Report of the Bombay Veterinary College
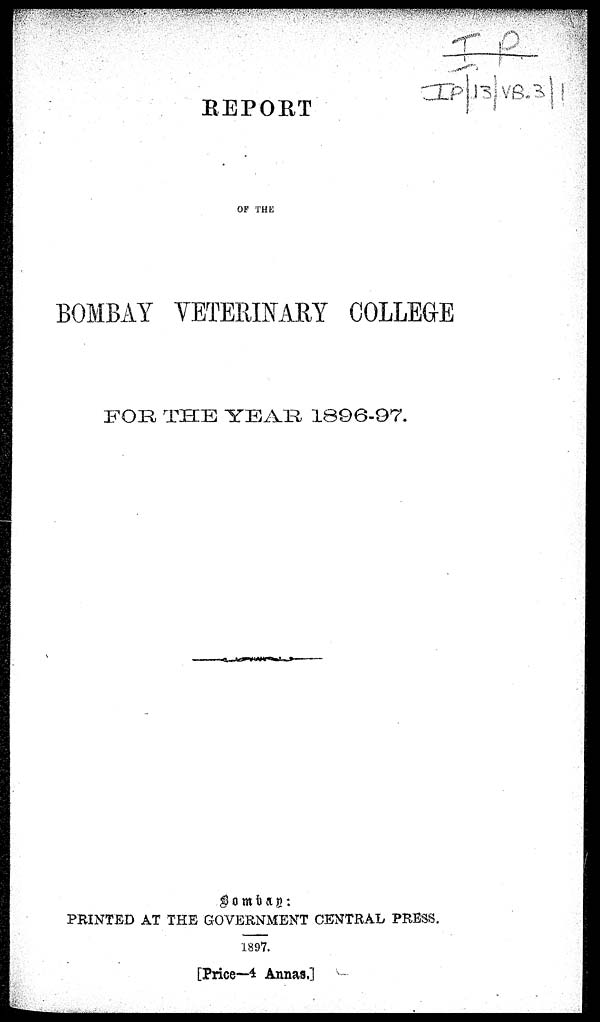
REPORT
OF THE
BOMBAY VETERINARY COLLEGE
FOR THE YEAR 1896-97.
Bombay :
PRINTED AT THE GOVERNMENT CENTRAL PRESS.
1897.
[Price—4 Annas.]